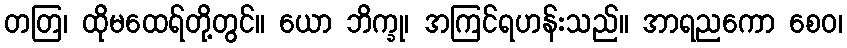
တတြ၊ ထိုမထေရ်တို့တွင်။ ယော ဘိက္ခု၊ အကြင်ရဟန်းသည်။ အာရညကော စေဝ၊